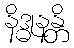
နိဒ္ဓုနန္တိ